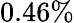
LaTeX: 0.46\%